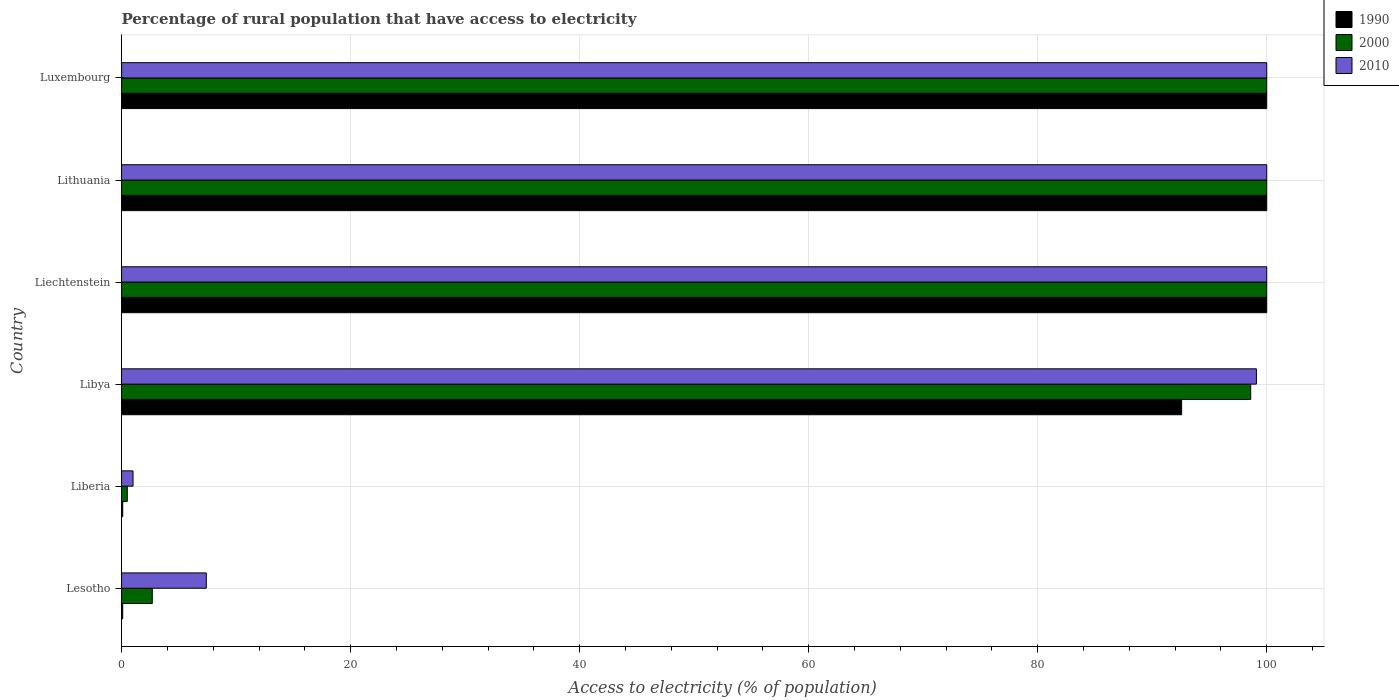
| Country | 1990 | 2000 | 2010 |
 | --- | --- | --- | --- |
 | Lesotho | 0.1 | 2.68 | 7.4 |
 | Liberia | 0.1 | 0.5 | 1 |
 | Libya | 92.6 | 98.6 | 99.1 |
 | Liechtenstein | 100 | 100 | 100 |
 | Lithuania | 100 | 100 | 100 |
 | Luxembourg | 100 | 100 | 100 |